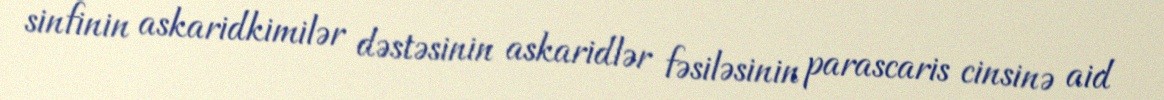
sinfinin askaridkimilər dəstəsinin askaridlər fəsiləsinin parascaris cinsinə aid